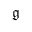
\mathfrak { g ^ { } }